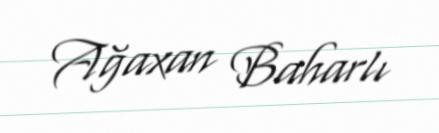
Ağaxan Baharlı